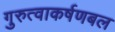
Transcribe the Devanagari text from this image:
गुरुत्वाकर्षणबल